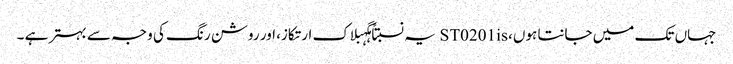
جہاں تک میں جانتا ہوں، ST0201is یہ نسبتاً ہگہبلاک ارتکاز، اور روشن رنگ کی وجہ سے بہتر ہے ۔